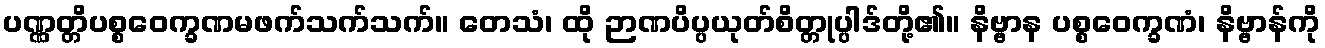
ပဏ္ဏတ္တိပစ္စဝေက္ခဏမဖက်သက်သက်။ တေသံ၊ ထို ဉာဏပိပ္ပယုတ်စိတ္တုပ္ပါဒ်တို့၏။ နိဗ္ဗာန ပစ္စဝေက္ခဏံ၊ နိဗ္ဗာန်ကို